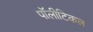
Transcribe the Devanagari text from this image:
पॉलीटिकल